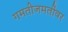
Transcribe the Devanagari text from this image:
गमतीजमतींवर